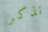
نذكر